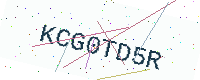
Text: KCG0TD5R